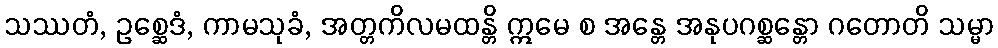
သဿတံ, ဥစ္ဆေဒံ, ကာမသုခံ, အတ္တကိလမထန္တိ ဣမေ စ အန္တေ အနုပဂစ္ဆန္တော ဂတောတိ သမ္မာ